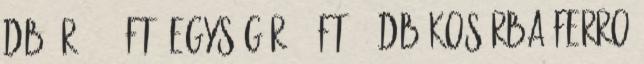
db Ár:2870 Ft. Egységár:29 Ft. db Kosárba Ferro